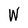
Character: W